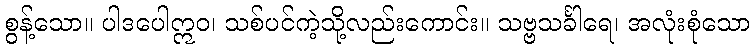
စွန့်သော။ ပါဒပေါဣဝ၊ သစ်ပင်ကဲ့သို့လည်းကောင်း။ သဗ္ဗသင်္ခါရေ၊ အလုံးစုံသော